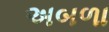
અબળા